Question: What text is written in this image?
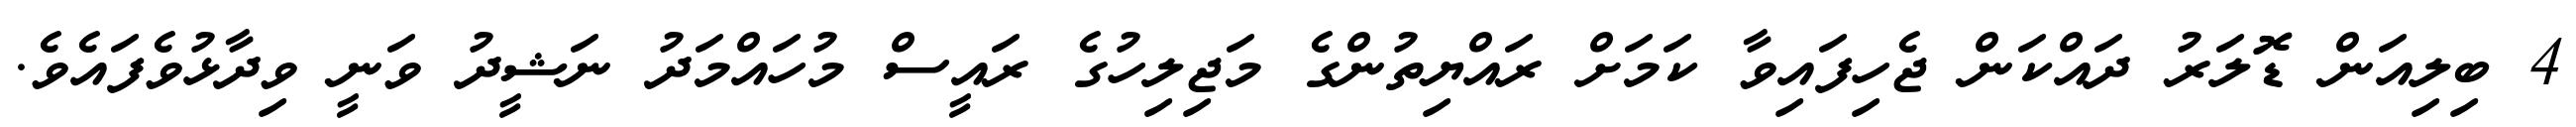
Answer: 4 ބިލިއަން ޑޮލަރު ދައްކަން ޖެހިފައިވާ ކަމަށް ރައްޔިތުންގެ މަޖިލިހުގެ ރައީސް މުހައްމަދު ނަޝީދު ވަނީ ވިދާޅުވެފައެވެ.